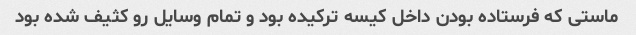
ماستی که فرستاده بودن داخل کیسه ترکیده بود و تمام وسایل رو کثیف شده بود